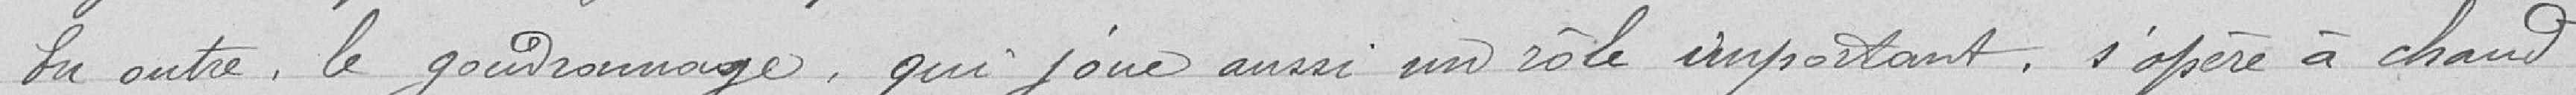
En outre, le goudronnage, qui joue aussi un rôle important, s'opère à chaud